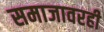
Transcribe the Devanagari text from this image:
समाजावरही